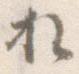
お